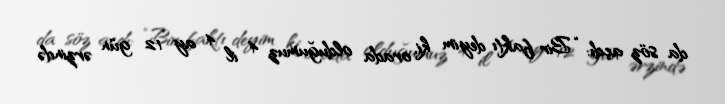
da söz açdı: “Bir faktı deyim ki, orada olduğumuz 4 il 4 ay 12 gün ərzində